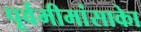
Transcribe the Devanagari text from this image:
पूर्वमीमांसाकाे